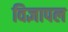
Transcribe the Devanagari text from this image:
विज्ञापल